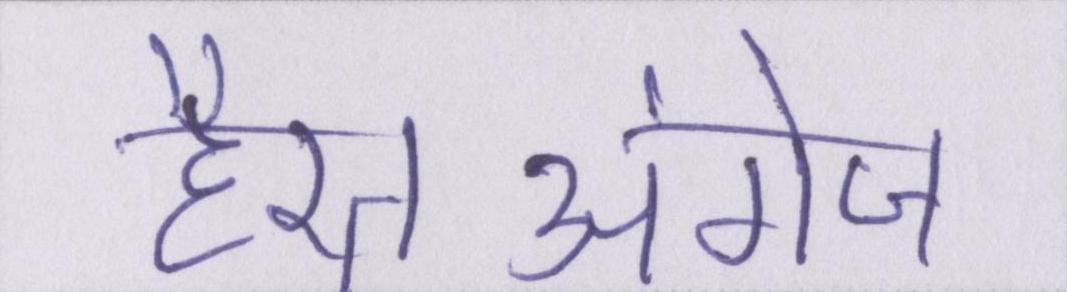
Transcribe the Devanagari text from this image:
हैरतअंगेज